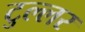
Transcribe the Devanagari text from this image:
टुल्लर